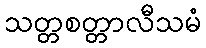
သတ္တစတ္တာလီသမံ